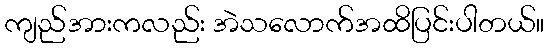
ကျည်အားကလည်း အဲသလောက်အထိပြင်းပါတယ်။